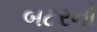
બટરનો